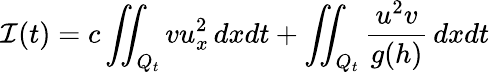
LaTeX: \mathcal{I}(t)=c\iint_{Q_{t}}{vu_{x}^{2}\, dxdt}+\iint_{Q_{t}}{\frac{u^{2}v}{g(h)}\, dxdt}